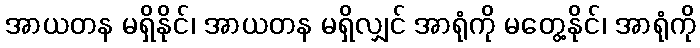
အာယတန မရှိနိုင်၊ အာယတန မရှိလျှင် အာရုံကို မတွေ့နိုင်၊ အာရုံကို